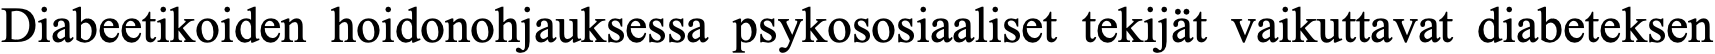
Diabeetikoiden hoidonohjauksessa psykososiaaliset tekijät vaikuttavat diabeteksen